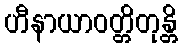
ဟီနာယာဝတ္တိတုန္တိ